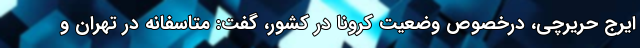
ایرج حریرچی، درخصوص وضعیت کرونا در کشور، گفت: متاسفانه در تهران و